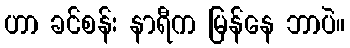
ဟာ ခင်စန်း နာရီက မြန်နေ ဘာပဲ။